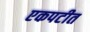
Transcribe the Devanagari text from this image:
एकपटीत